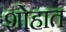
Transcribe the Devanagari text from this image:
शोहात